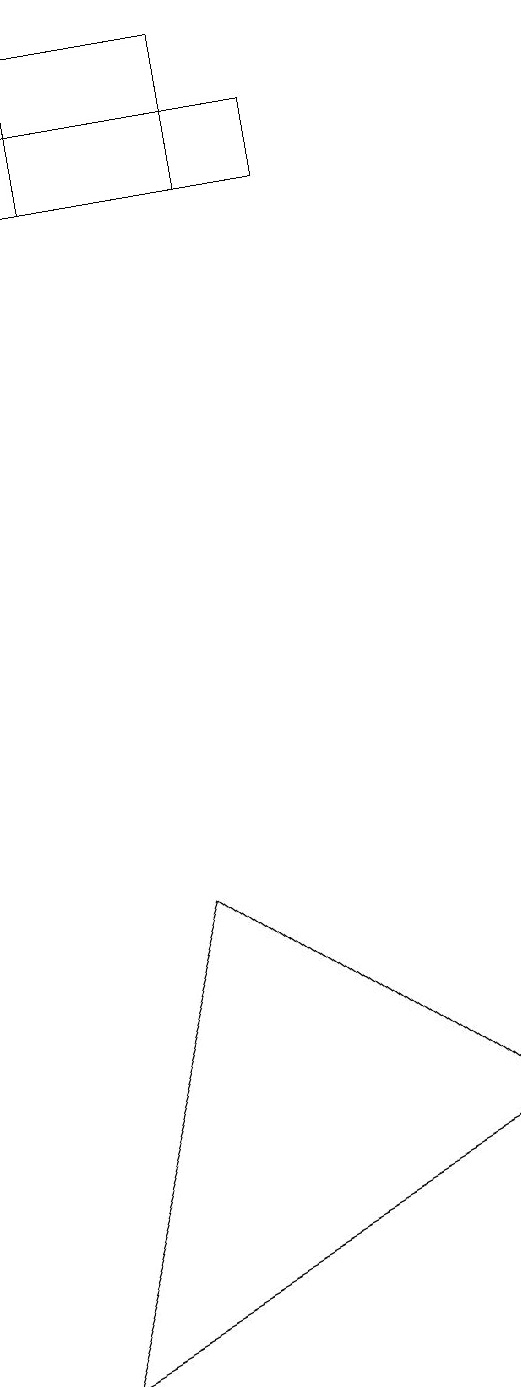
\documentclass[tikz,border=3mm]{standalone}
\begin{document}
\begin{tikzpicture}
\draw (7,16) rectangle (3,15);
\draw (9,3) -- (5,6) -- (3,0) -- cycle;
\draw (7,16) rectangle (3,15);
\draw (6,17) rectangle (4,15);
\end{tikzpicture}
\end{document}